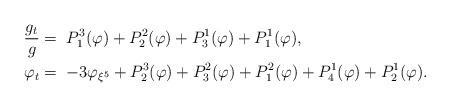
LaTeX: \begin{align*} \frac{g_t}{g}&=\;P^3_1(\varphi)+P_2^2(\varphi)+P_3^1(\varphi)+P_1^1(\varphi),\\ \varphi_t&=\;-3\varphi_{\xi^5}+P_2^3(\varphi)+P_3^2(\varphi)+P_1^2(\varphi)+P_4^1(\varphi)+P_2^1(\varphi). \end{align*}